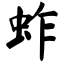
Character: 蚱